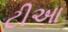
ટીઆ